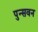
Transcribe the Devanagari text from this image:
पुन्सवन